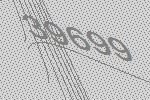
39699